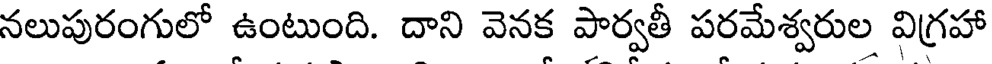
నలుపురంగులో ఉంటుంది. దాని వెనక పార్వతీ పరమేశ్వరుల విగ్రహా